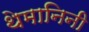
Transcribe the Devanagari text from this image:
थेमानिनी